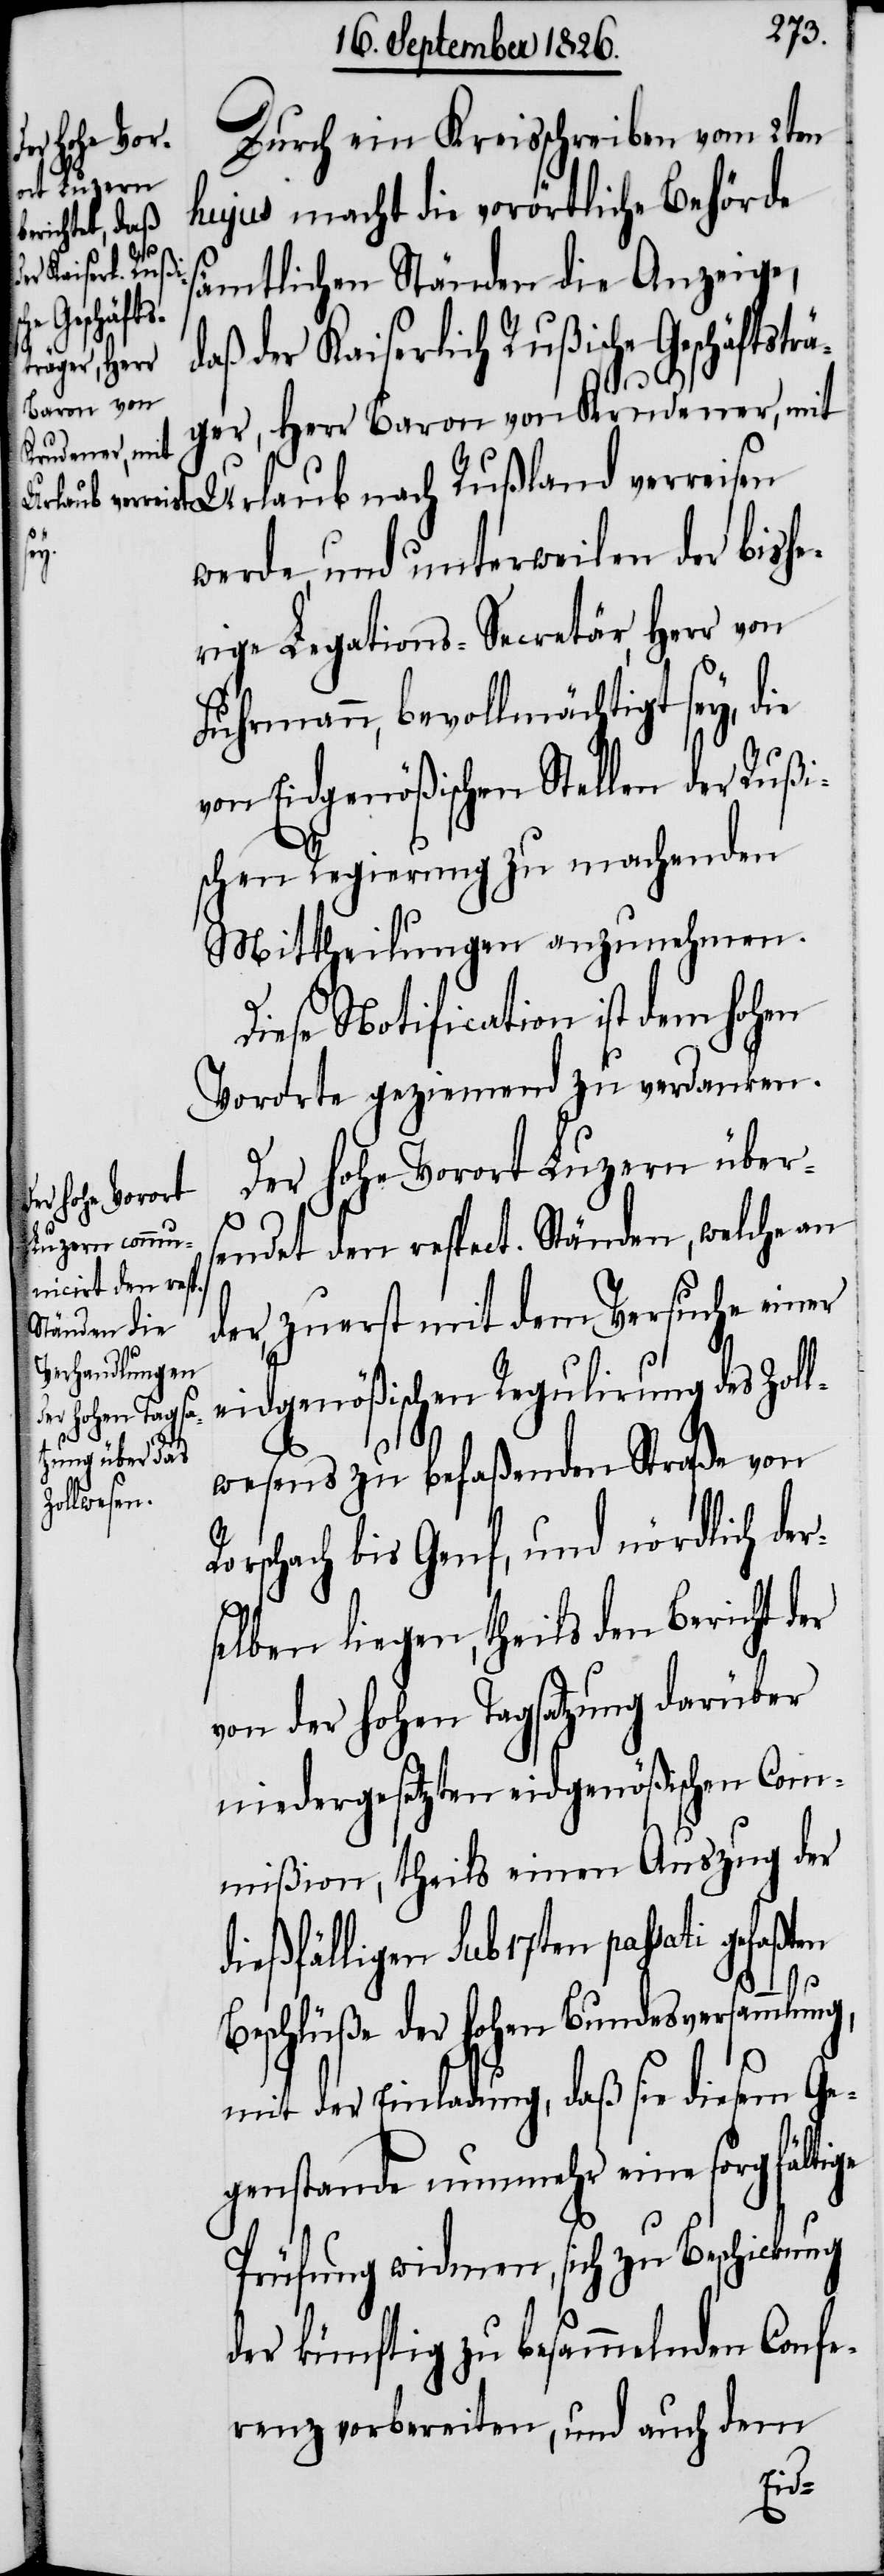
Durch ein Kreisschreiben vom 2ten
hujus macht die vorörtliche Behörde
sämtlichen Ständen die Anzeige,
daß der Kaiserlich Rußische Geschäftsträ¬
ger, Herr Baron von Krudener, mit
Urlaub nach Rußland verreisen
r¬
werde, und unterweilen der bishe¬
rige Legations-Secretär, Herr von
Fuhrmann, bevollmächtigt sey, die
von Eidgenößischen Stellen der Rußi¬
schen Regierung zu machenden
Mittheilungen anzunehmen.
Diese Notification ist dem hohen
Vorort geziemend zu verdanken.
Der hohe Vorort Luzern über¬
sendet den respect. Ständen, welche an
der, zuerst mit dem Versuche einer
eidgenößischen Regulirung des Zoll¬
wesens zu befaßenden Straße von
orschach bis Genf, und nördlich de¬
selben liegen, theils den Bericht der
von der hohen Tagsatzung darüber
niedergesetzten eidgenößischen Com¬
mißion, theils einen Auszug der
dießfälligen sub 17ten passati
Beschlüße der hohen Bundesversammlung,
mit der Einladung, daß sie diesem Ge¬
genstande nunmehr eine sorgfältige
Prüfung widmen, sich zu Beschickung
der künftig zu besammelnden Confe¬
renz vorbereiten, und auch dem